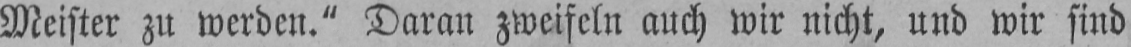
Meister zu werden.“ Daran zweifeln auch wir nicht, und wir sind